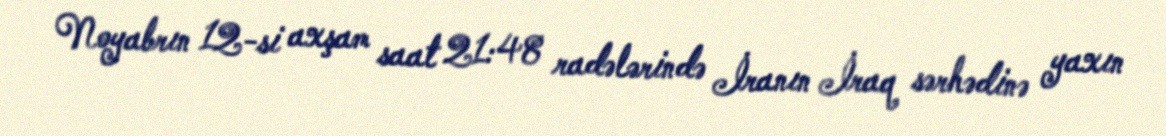
Noyabrın 12-si axşam saat 21:48 radələrində İranın İraq sərhədinə yaxın